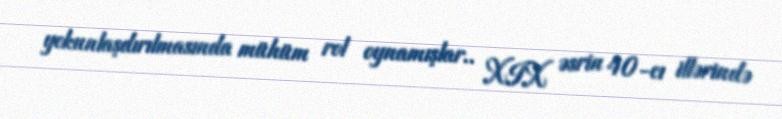
yekunlaşdırılmasında mühüm rol oynamışlar.. XIX əsrin 40-cı illərində